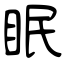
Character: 眠